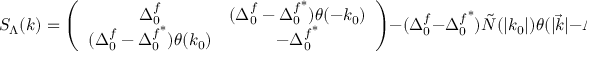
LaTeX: S _ { \Lambda } ( k ) = \left( \begin{array} { c c } { { \Delta _ { 0 } ^ { f } } } & { { ( \Delta _ { 0 } ^ { f } - { \Delta _ { 0 } ^ { f } } ^ { * } ) \theta ( - k _ { 0 } ) } } \\ { { ( \Delta _ { 0 } ^ { f } - { \Delta _ { 0 } ^ { f } } ^ { * } ) \theta ( k _ { 0 } ) } } & { { - { \Delta _ { 0 } ^ { f } } ^ { * } } } \end{array} \right) - ( \Delta _ { 0 } ^ { f } - { \Delta _ { 0 } ^ { f } } ^ { * } ) \tilde { N } ( | k _ { 0 } | ) \theta ( | \vec { k } | - \Lambda ) \left( \begin{array} { c c } { { 1 } } & { { 1 } } \\ { { 1 } } & { { 1 } } \end{array} \right)